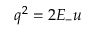
q ^ { 2 } = 2 E _ { - } u